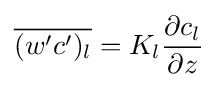
{\overline {(w'c')_{l}}}=K_{l}{\frac {\partial c_{l}}{\partial z}}